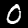
Label: 0